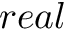
r e a l